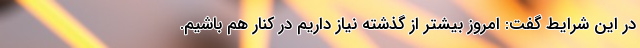
در این شرایط گفت: امروز بیشتر از گذشته نیاز داریم در کنار هم باشیم.